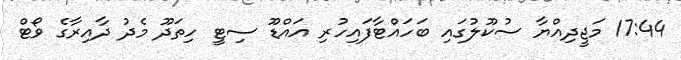
17:44 މަޖީދިއްޔާ ސުކޫލުގައި ބަހައްޓާފައިހުރި އައްޑޫ ސިޓީ ހިތަދޫ މެދު ދާއިރާގެ ވޯޓް